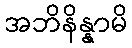
အဘိနိန္နာမိ